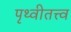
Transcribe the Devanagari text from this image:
पृथ्वीतत्त्व